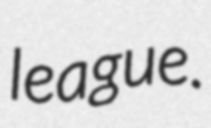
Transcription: league.